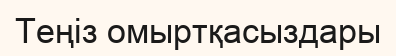
Теңіз омыртқасыздары